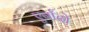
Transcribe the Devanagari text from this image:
एर्नांदो